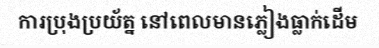
ការប្រុងប្រយ័ត្ន នៅពេលមានភ្លៀងធ្លាក់ដើម